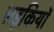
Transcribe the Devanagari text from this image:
लड़कियाॅ